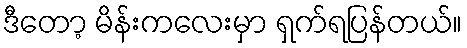
ဒီတော့ မိန်းကလေးမှာ ရှက်ရပြန်တယ်။